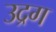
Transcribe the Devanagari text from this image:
उद्रग